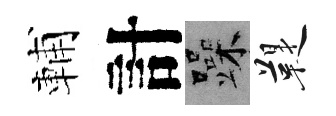
輔計躁鞮